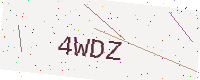
Text: 4WDZ